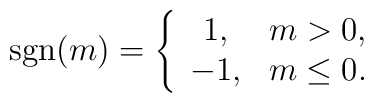
\mbox{sgn}(m)=\left\{\begin{array}{cc}1,&m>0,\\-1,&m\le0.\end{array}\right.